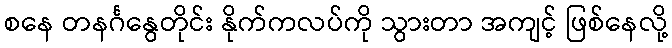
စနေ တနင်္ဂနွေတိုင်း နိုက်ကလပ်ကို သွားတာ အကျင့် ဖြစ်နေလို့